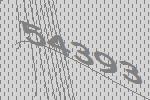
54393